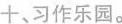
十、习作乐园。生活中，你肯定与伙伴在一起玩过好多种游戏，如丢沙包、抢椅子、跳方格……游戏过程中既锻炼了自己各方面的能力，还结识了不少新的伙伴，今天就让我们来写一写你认为最有趣的一种游戏。要求：1.游戏过程写完整。2.语句流畅，语言简练生动，无错别字。3.不少于400字。4.题目自拟。